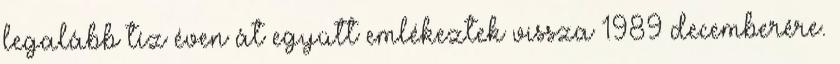
legalább tíz éven át együtt emlékeztek vissza 1989 decemberére.